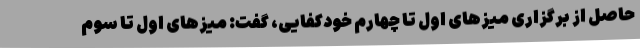
حاصل از برگزاری میزهای اول تا چهارم خودکفایی، گفت: میزهای اول تا سوم